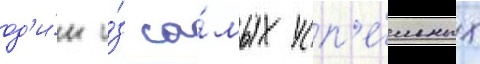
од'и́н и́з са́мых усп'е́шных